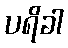
ပရိခါ